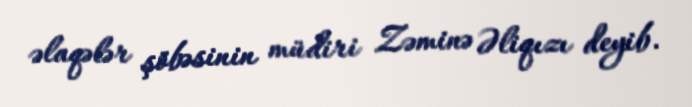
əlaqələr şöbəsinin müdiri Zəminə Əliqızı deyib.